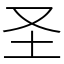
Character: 圣